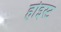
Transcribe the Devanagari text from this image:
होइस्ट